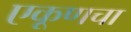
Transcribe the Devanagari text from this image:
एकूणचा